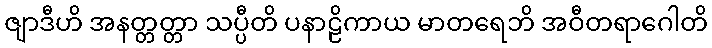
ဇျာဒီဟိ အနတ္တတ္တာ သပ္ပီတိ ပနာဠိကာယ မာတရေဘိ အဝီတရာဂေါတိ